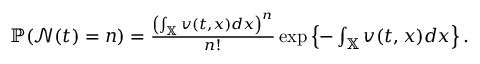
\begin{array} { r } { \mathbb { P } ( \mathcal { N } ( t ) = n ) = \frac { \left( \int _ { \mathbb { X } } v ( t , x ) d x \right) ^ { n } } { n ! } \exp \left\{ - \int _ { \mathbb { X } } v ( t , x ) d x \right\} . } \end{array}